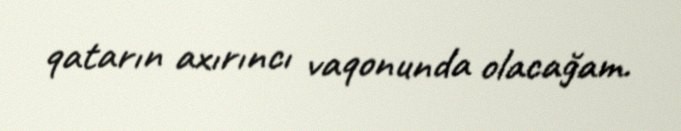
qatarın axırıncı vaqonunda olacağam.